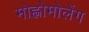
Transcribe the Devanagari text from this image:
मोह्लोमोलेंग